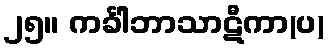
၂၅။ ကင်္ခါဘာသာဋီကာ(ပ)